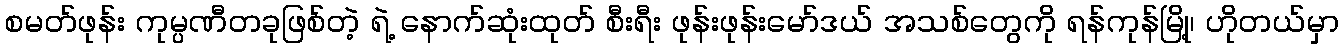
စမတ်ဖုန်း ကုမ္ပဏီတခုဖြစ်တဲ့ ရဲ့ နောက်ဆုံးထုတ် စီးရီး ဖုန်းဖုန်းမော်ဒယ် အသစ်တွေကို ရန်ကုန်မြို့၊ ဟိုတယ်မှာ